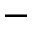
^ -